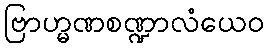
ဗြာဟ္မဏစဏ္ဍာလံယေဝ